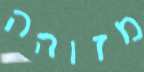
מזוהה